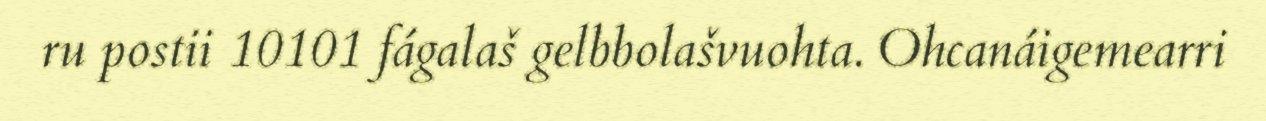
ru postii 10101 fágalaš gelbbolašvuohta. Ohcanáigemearri